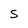
Character: S